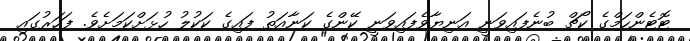
ޓޮޓެންހަމްގެ ކޯޗް ބުނެފައިވަނީ އަނިޔާވެފައިވަނީ ކޭންގެ ކަނާއަތު ފައިގެ ކަކުލު ހުޅަށްކަމަށެވެ. ފަހަރުގައި